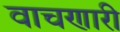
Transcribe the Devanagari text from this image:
वाचणारी